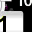
Digit: 1